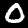
Label: 0